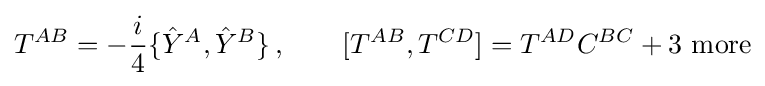
T^{AB}=-{\frac {i}{4}}\{{\hat {Y}}^{A},{\hat {Y}}^{B}\}\,,\qquad [T^{AB},T^{CD}]=T^{AD}C^{BC}+{\text{3 more}}